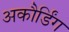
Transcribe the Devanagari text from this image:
अकौर्डिंग